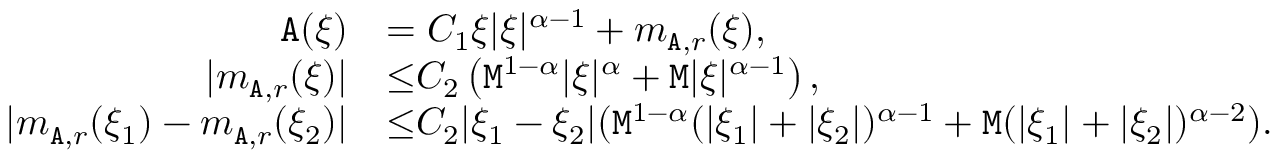
\begin{array} { r l } { \mathtt { A } ( \xi ) } & { = C _ { 1 } \xi | \xi | ^ { \alpha - 1 } + m _ { \mathtt { A } , r } ( \xi ) , } \\ { | m _ { \mathtt { A } , r } ( \xi ) | } & { { \le } C _ { 2 } \left( \mathtt { M } ^ { 1 - \alpha } | \xi | ^ { \alpha } + \mathtt { M } | \xi | ^ { \alpha - 1 } \right) , } \\ { | m _ { \mathtt { A } , r } ( \xi _ { 1 } ) - m _ { \mathtt { A } , r } ( \xi _ { 2 } ) | } & { { \le } C _ { 2 } | \xi _ { 1 } - \xi _ { 2 } | ( \mathtt { M } ^ { 1 - \alpha } ( | \xi _ { 1 } | + | \xi _ { 2 } | ) ^ { \alpha - 1 } + \mathtt { M } ( | \xi _ { 1 } | + | \xi _ { 2 } | ) ^ { \alpha - 2 } ) . } \end{array}